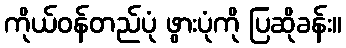
ကိုယ်ဝန်တည်ပုံ ဖွားပုံကို ပြဆိုခန်း။